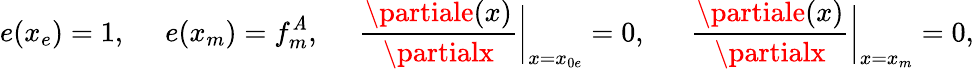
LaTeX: e(x_{e})=1,\, \, \, \, \, \, \, \, e(x_{m})=f_{m}^{\mathit{A}},\, \, \, \, \, \, \, \, \frac{{\partiale(x)}}{{\partialx}}\bigg|_{x=x_{0e}}=0,\, \, \, \, \, \, \, \, \, \frac{{\partiale(x)}}{{\partialx}}\bigg|_{x=x_{m}}=0,